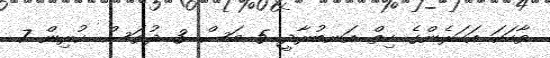
ވާހަކަ އަހަރެންގެ ހިތް އަނބުރާދީ 5 މަސް 3 ދުވަސް ކުރިން 7